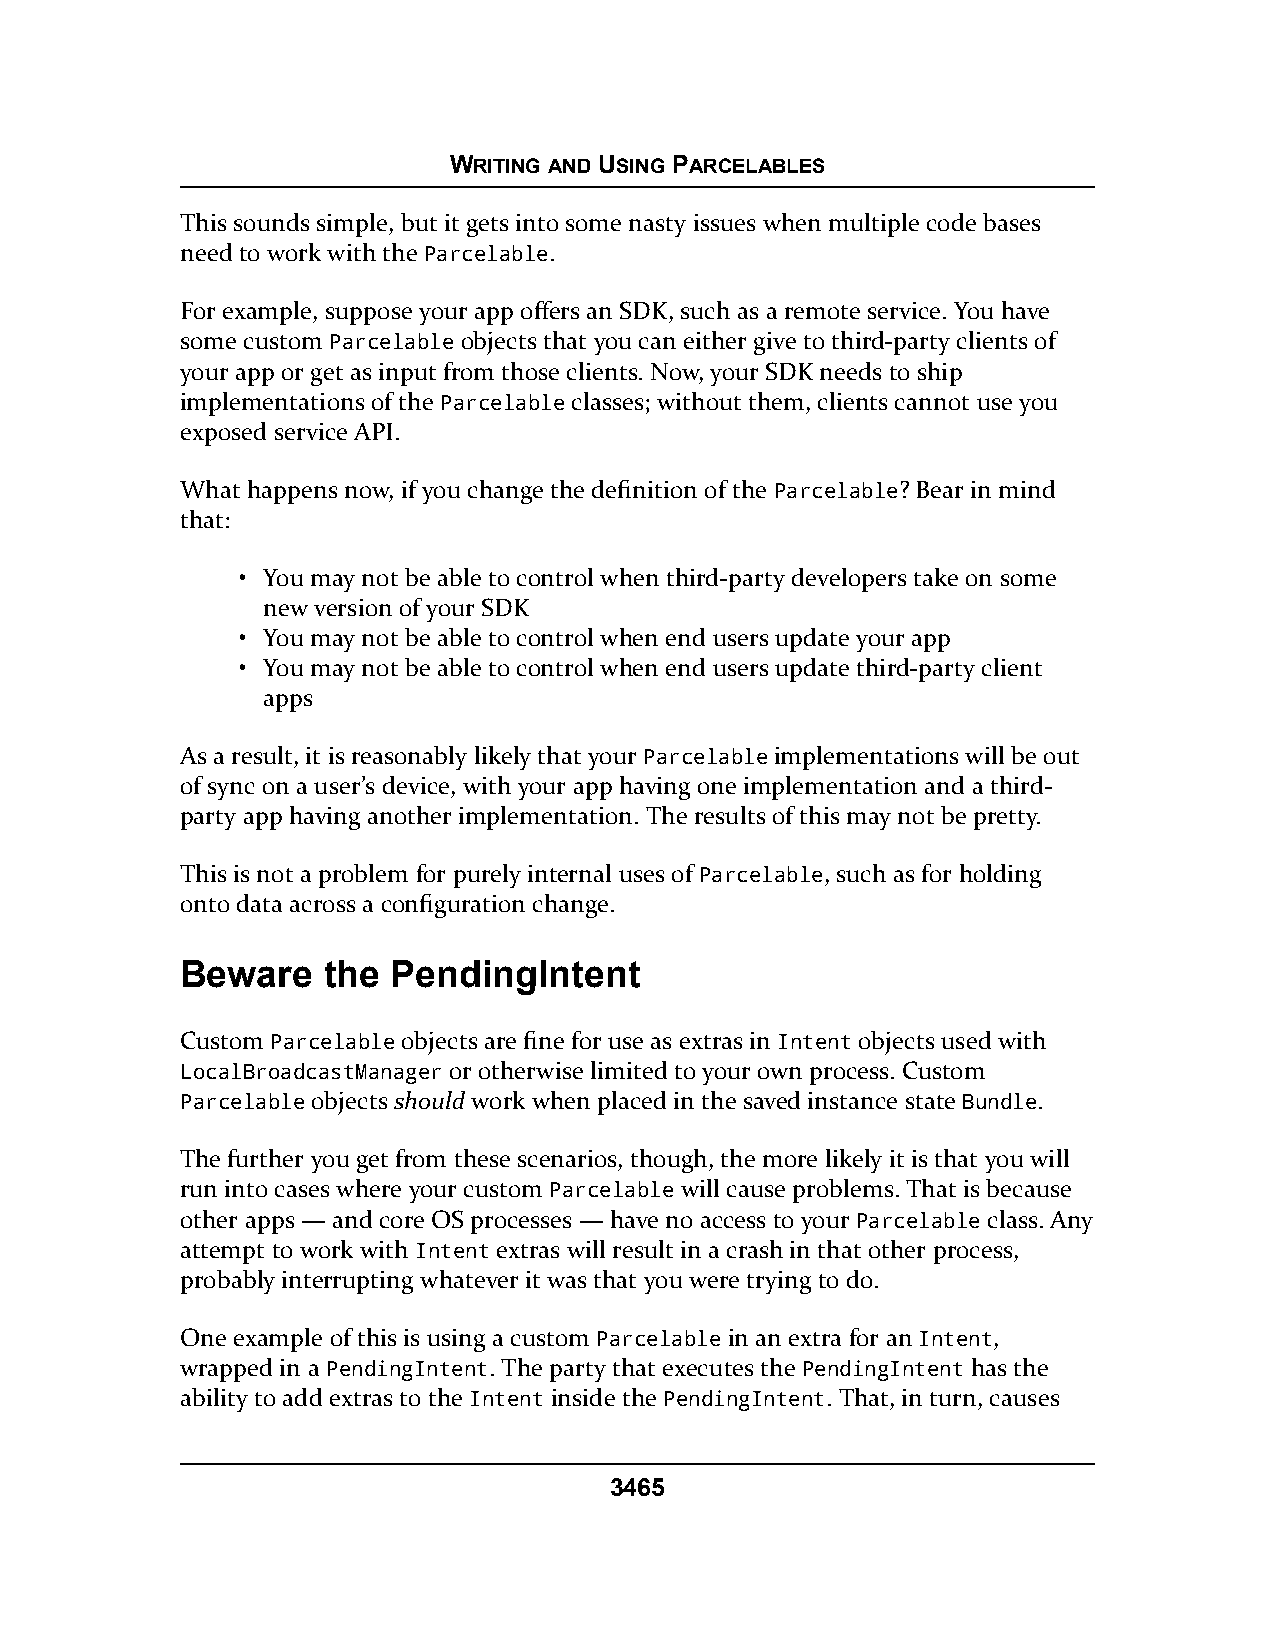
WRITING AND USING PARCELABLES
 This sounds simple, but it gets into some nasty issues when multiple code bases
 need to work with the Parcelable.
 For example, suppose your app offers an SDK, such as a remote service. You have
 some custom Parcelable objects that you can either give to third-party clients of
 your app or get as input from those clients. Now, your SDK needs to ship
 implementations of the Parcelable classes; without them, clients cannot use you
 exposed service API.
 What happens now, if you change the definition of the Parcelable? Bear in mind
 that:
 • You may not be able to control when third-party developers take on some
 new version of your SDK
 • You may not be able to control when end users update your app
 • You may not be able to control when end users update third-party client
 apps
 As a result, it is reasonably likely that your Parcelable implementations will be out
 of sync on a user’s device, with your app having one implementation and a third-
 party app having another implementation. The results of this may not be pretty.
 This is not a problem for purely internal uses of Parcelable, such as for holding
 onto data across a configuration change.
 Beware   the  PendingIntent
 Custom Parcelable objects are fine for use as extras in Intent objects used with
 LocalBroadcastManager or otherwise limited to your own process. Custom
 Parcelable objects should work when placed in the saved instance state Bundle.
 The further you get from these scenarios, though, the more likely it is that you will
 run into cases where your custom Parcelable will cause problems. That is because
 other apps — and core OS processes — have no access to your Parcelable class. Any
 attempt to work with Intent extras will result in a crash in that other process,
 probably interrupting whatever it was that you were trying to do.
 One example of this is using a custom Parcelable in an extra for an Intent,
 wrapped in a PendingIntent. The party that executes the PendingIntent has the
 ability to add extras to the Intent inside the PendingIntent. That, in turn, causes
 3465